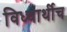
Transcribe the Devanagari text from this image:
विध्यार्थीच